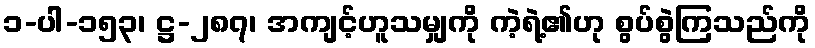
၁-ပါ-၁၅၃၊ ဋ္ဌ-၂၈၇၊ အကျင့်ဟူသမျှကို ကဲ့ရဲ့၏ဟု စွပ်စွဲကြသည်ကို